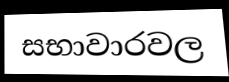
සභාවාරවල